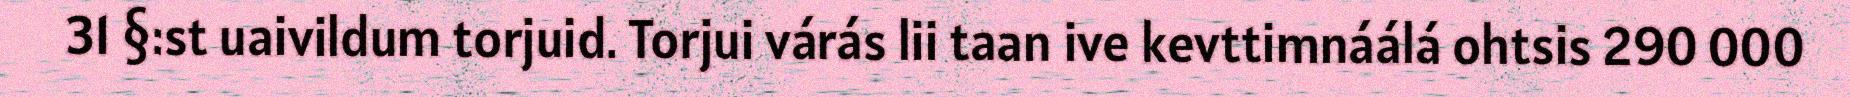
31 §:st uaivildum torjuid. Torjui várás lii taan ive kevttimnáálá ohtsis 290 000